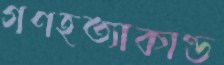
গণহত্যাকাণ্ড